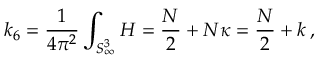
k _ { 6 } = \frac { 1 } { 4 \pi ^ { 2 } } \int _ { S _ { \infty } ^ { 3 } } H = \frac { N } { 2 } + N \kappa = \frac { N } { 2 } + k \, ,